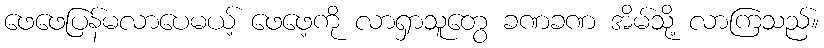
ဖေဖေပြန်မလာပေမယ့် ဖေဖေ့ကို လာရှာသူတွေ ခဏခဏ အိမ်သို့ လာကြသည်။